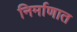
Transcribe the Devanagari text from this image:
निर्माणात